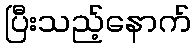
ပြီးသည့်နောက်